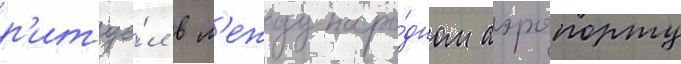
р'итуа́л в м'еждунаро́дном аэропорту